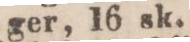
ger, 16 sk.